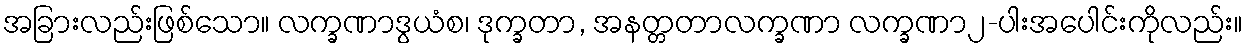
အခြားလည်းဖြစ်သော။ လက္ခဏာဒွယံစ၊ ဒုက္ခတာ, အနတ္တတာလက္ခဏာ လက္ခဏာ၂-ပါးအပေါင်းကိုလည်း။